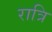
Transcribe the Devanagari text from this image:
रात्रि